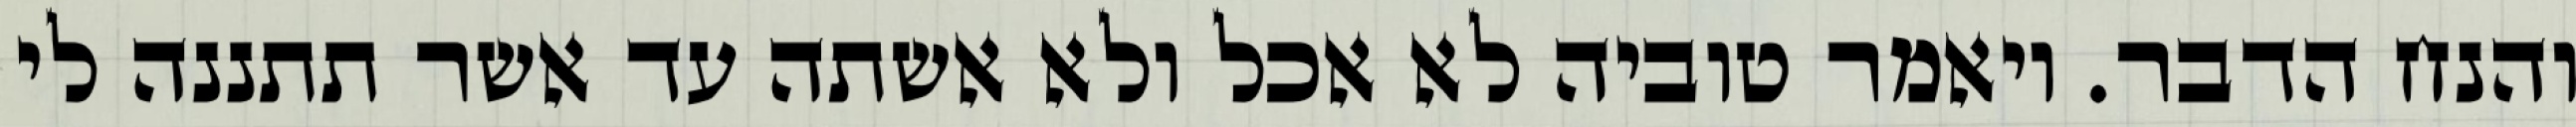
והנח הדבר. ויאמר טוביה לא אכל ולא אשתה עד אשר תתננה לי